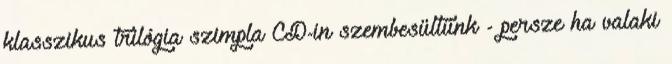
klasszikus trilógia szimpla CD-in szembesültünk - persze ha valaki